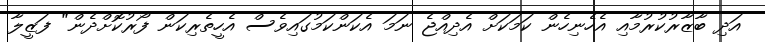
އަދި ބާޒާރުކުރުމާއި އެހެނިހެން ކަމަކަށް އެދިއްޖެ ނަމަ އެކަންކަމުގައިވެސް އެހީތެރިކަން ފޯރުކޮށްދެން" ފަޒީލާ